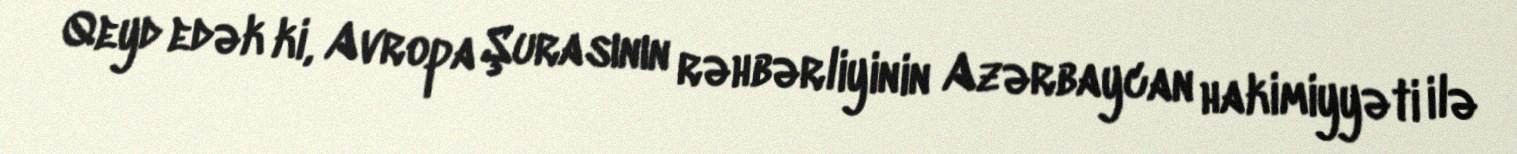
Qeyd edək ki, Avropa Şurasının rəhbərliyinin Azərbaycan hakimiyyəti ilə